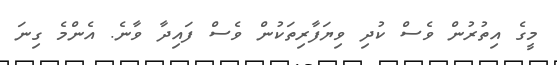
މީގެ އިތުރުން ވެސް ކުދި ވިޔަފާރިތަކުން ވެސް ފައިދާ ވާނެ. އެންމެ ގިނަ